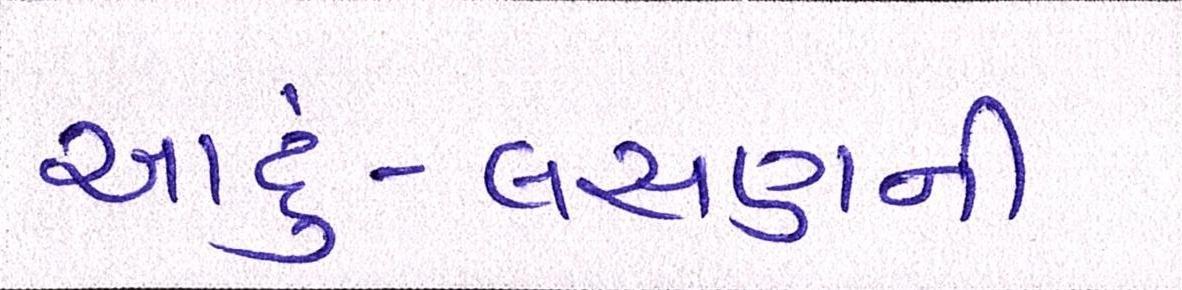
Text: આદું-લસણની